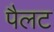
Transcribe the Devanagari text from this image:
पैलट